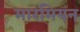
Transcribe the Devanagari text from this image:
मारमियन